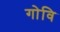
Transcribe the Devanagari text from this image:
गोवि